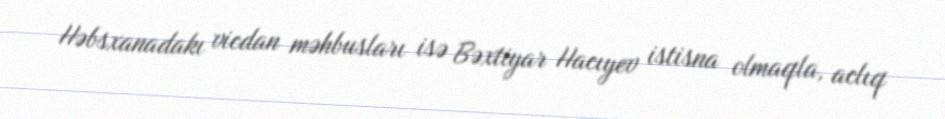
Həbsxanadakı vicdan məhbusları isə Bəxtiyar Hacıyev istisna olmaqla, aclıq